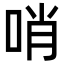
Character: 哨